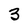
Character: 3